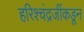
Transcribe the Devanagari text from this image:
हरिश्चंद्रजींकडून